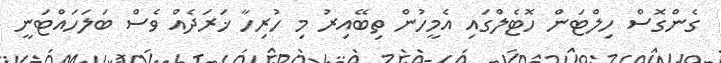
ގެންގޮސް ހިލްޓަން ހޮޓެލްގައި އެމީހުން ތިބޭއިރު މި ހުރިހާ ޚަރަދެއް ވެސް ބަލަހައްޓަނީ